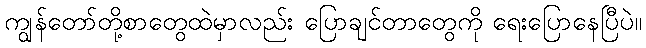
ကျွန်တော်တို့စာတွေထဲမှာလည်း ပြောချင်တာတွေကို ရေးပြောနေပြီပဲ။